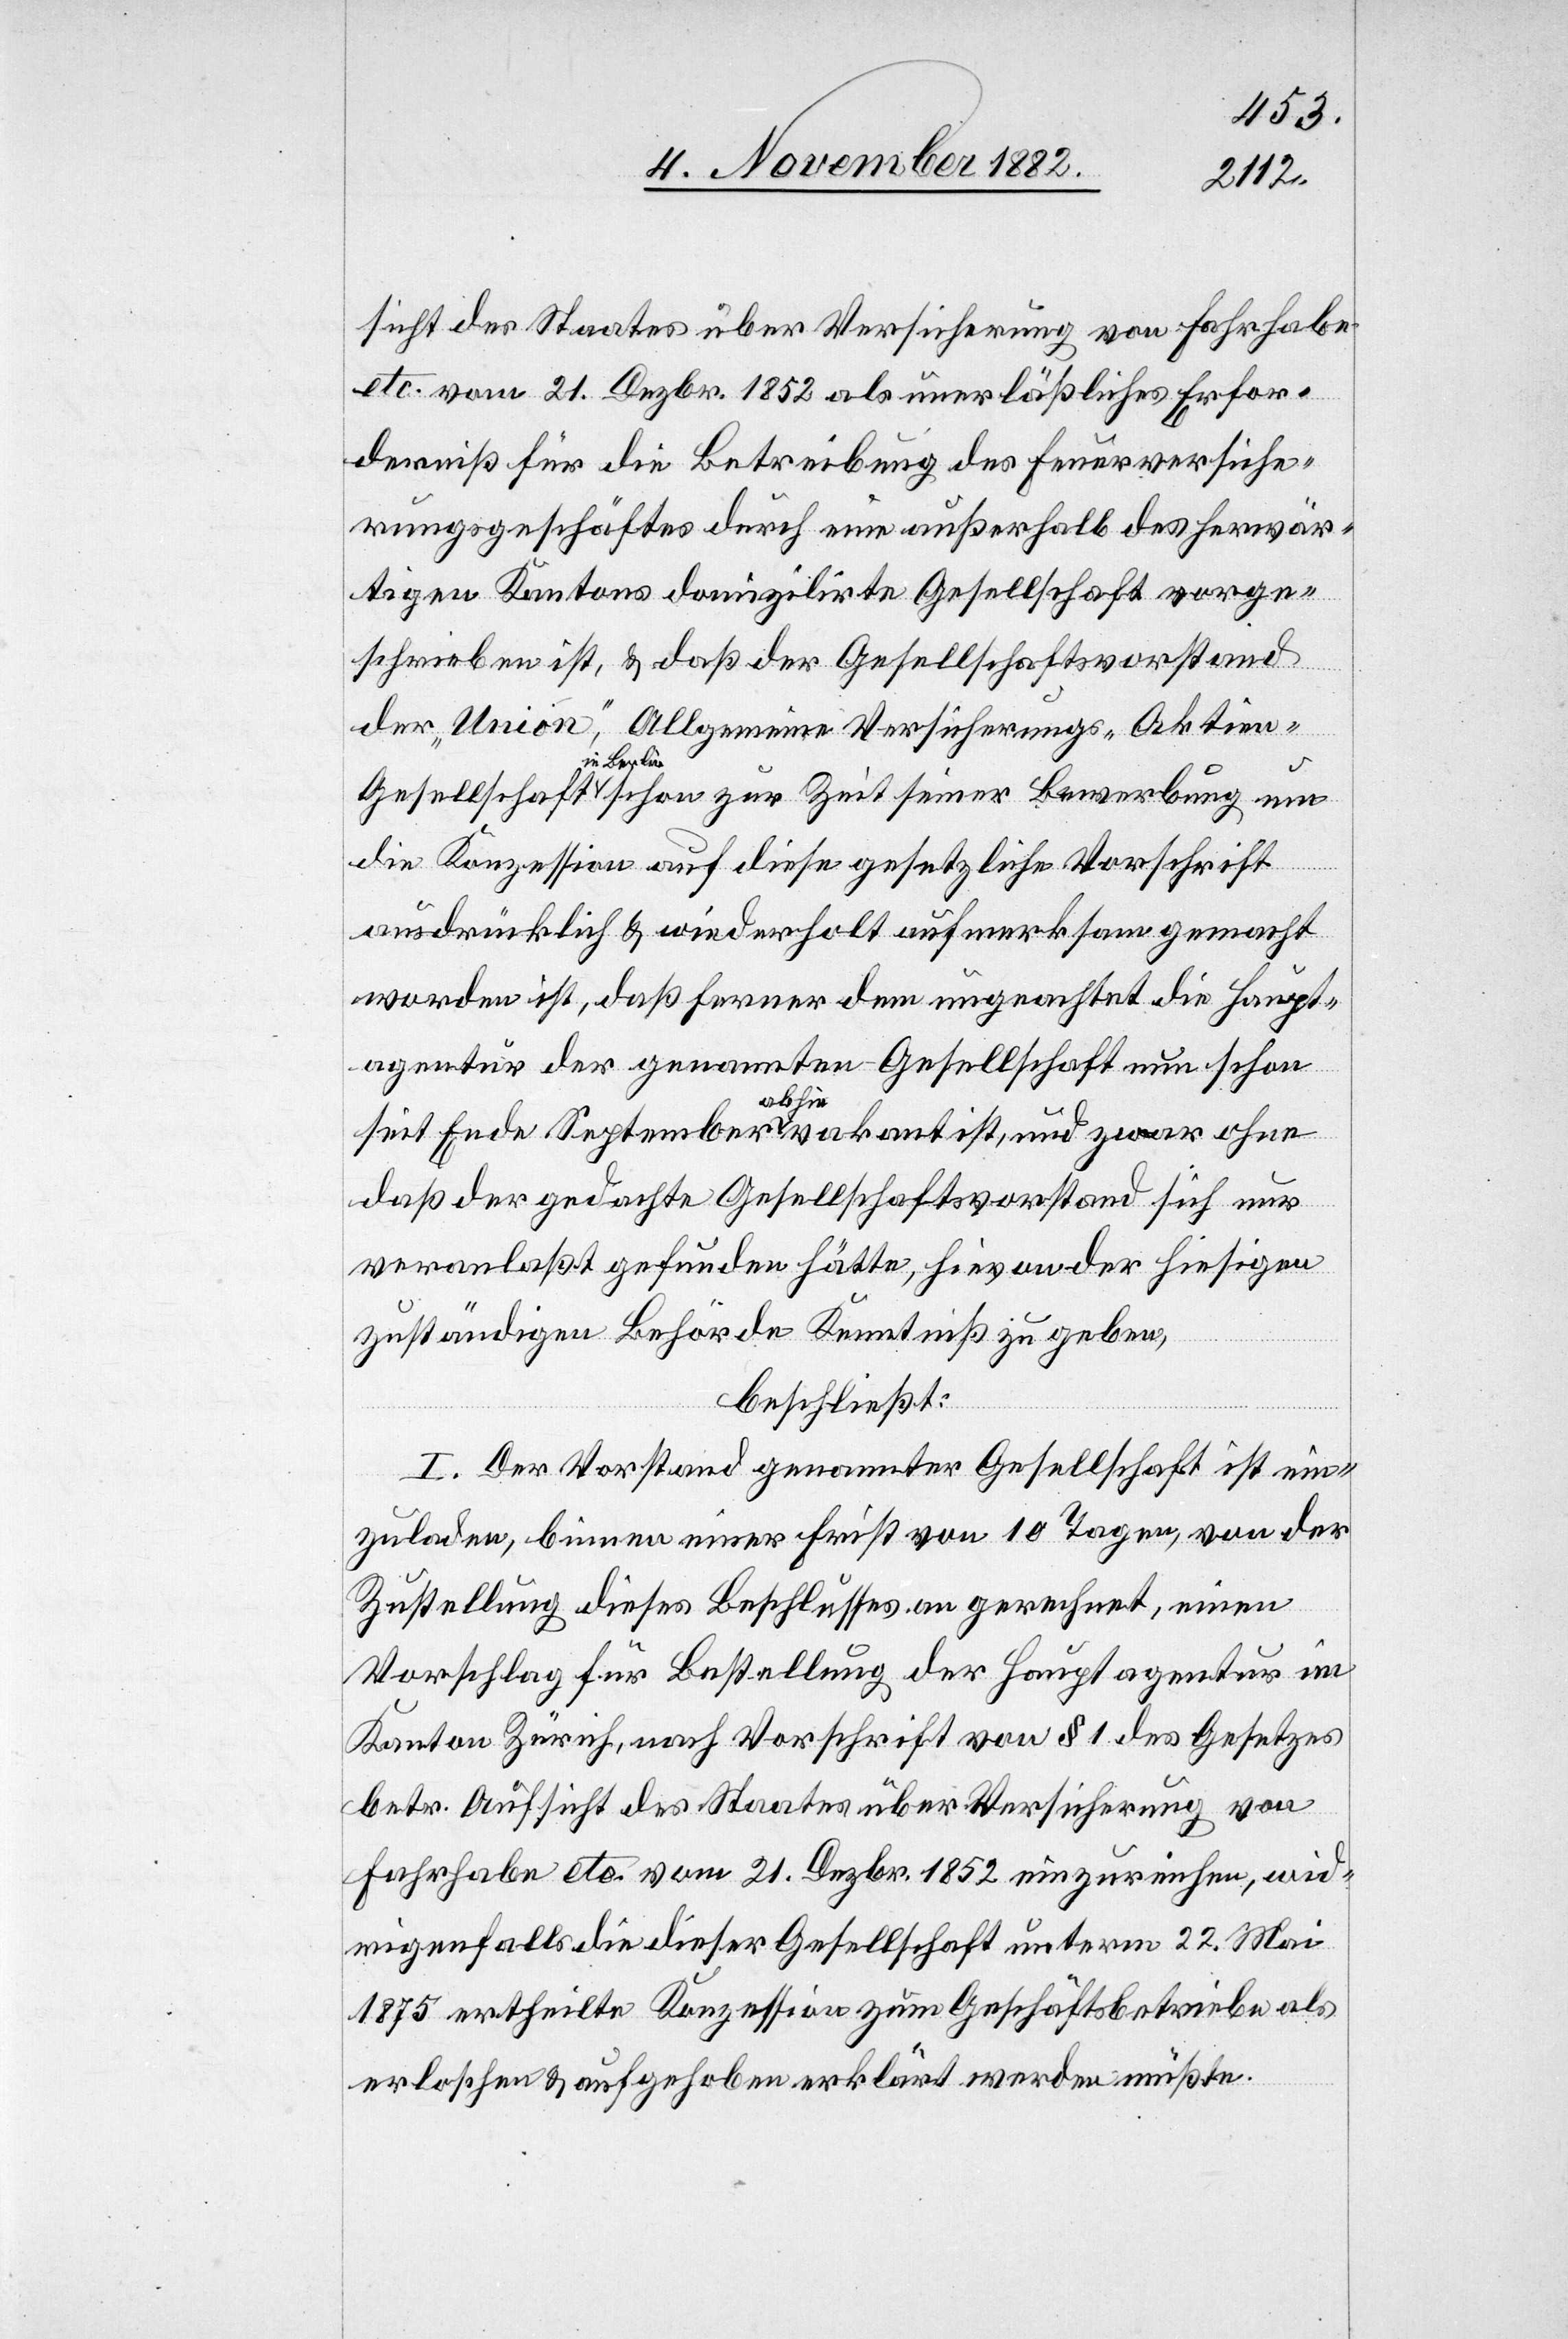
sicht des Staates über Versicherung von Fahrhabe
etc. vom 21. Dezbr. 1852 als unerläßliches Erfor¬
derniß für die Betreibung des Feuerversiche¬
rungsgeschäftes durch eine außerhalb des herwär¬
tigen Kantons domizilirte Gesellschaft vorge¬
schrieben ist, & daß der Gesellschaftsvorstand
der „Union“, Allgemeine Versicherungs-Aktien-G¬
iner Bewerbung
die Konzession auf diese gesetzliche Vorschrift
um
ausdrücklich & wiederholt aufmerksam gemacht
worden ist, daß ferner dem ungeachtet die Haupt¬
agentur der genannten Gesellschaft nun schon
seit Ende September abhin vakant ist, und zwar ohne
daß der gedachte Gesellschaftsvorstand sich nur
veranlaßt gefunden hätte, hievon der hiesigen
zuständigen Behörde Kenntniß zu geben,
beschließt:
I. Der Vorstand genannter Gesellschaft ist ein¬
zuladen, binnen einer Frist von 10 Tagen, von der
Zustellung dieses Beschlusses an gerechnet, einen
Vorschlag für Bestellung der Hauptagentur im
Kanton Zürich, nach Vorschrift von § 1 des Gesetzes
betr. Aufsicht des Staates über Versicherungen von
Fahrhabe etc. vom 21. Dezbr. 1852 einzureichen, wid¬
rigenfalls die dieser Gesellschaft unterm 22. Mai
1875 ertheilte Konzession zum Geschäftsbetriebe als
erloschen & aufgehoben erklärt werden müßte.